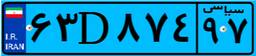
۶۳D۸۷۴۹۷